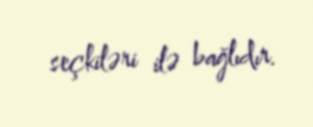
seçkiləri ilə bağlıdır.